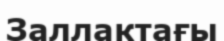
Заллактағы